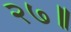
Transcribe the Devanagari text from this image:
२७॥